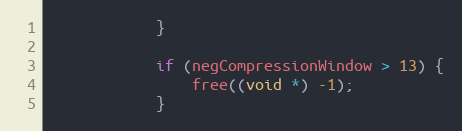
Language: C++
            }

            if (negCompressionWindow > 13) {
                free((void *) -1);
            }